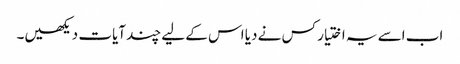
اب اسے یہ اختیار کس نے دیا اس کے لیے چند آیات دیکھیں۔